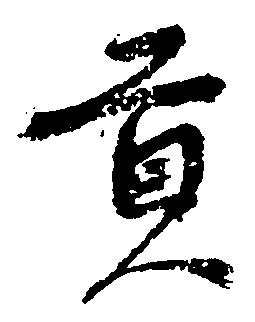
貢